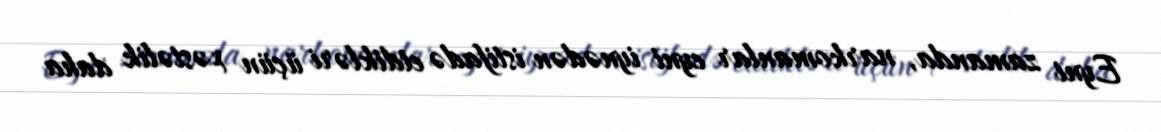
Eyni zamanda, narkomanlar eyni iynədən istifadə etdikləri üçün xəstəlik daha